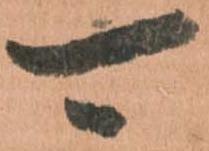
可